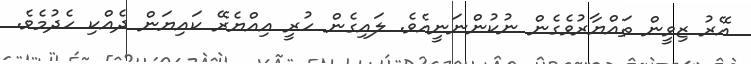
އޭރު ޒިވީން ތައްޔާރުވެގެން ނުކުންނަނީއެވެ. ލައިގެން ހުރީ އިއްޔެރޭ ކައިޔަން ދެއްކި ހެދުމެވެ.